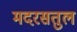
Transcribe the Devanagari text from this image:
मदरसतुल